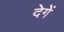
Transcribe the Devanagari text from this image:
देगेें